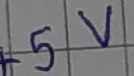
Text: +5V